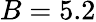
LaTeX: B=5.2